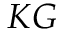
K G